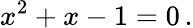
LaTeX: x^{2}+x-1=0\, .